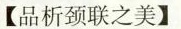
【品析颈联之美】